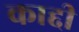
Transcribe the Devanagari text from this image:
काद्दी